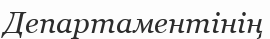
Департаментінің